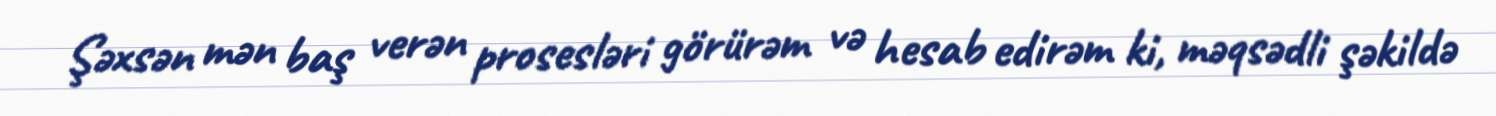
Şəxsən mən baş verən prosesləri görürəm və hesab edirəm ki, məqsədli şəkildə